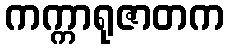
ကက္ကာရုဇာတက